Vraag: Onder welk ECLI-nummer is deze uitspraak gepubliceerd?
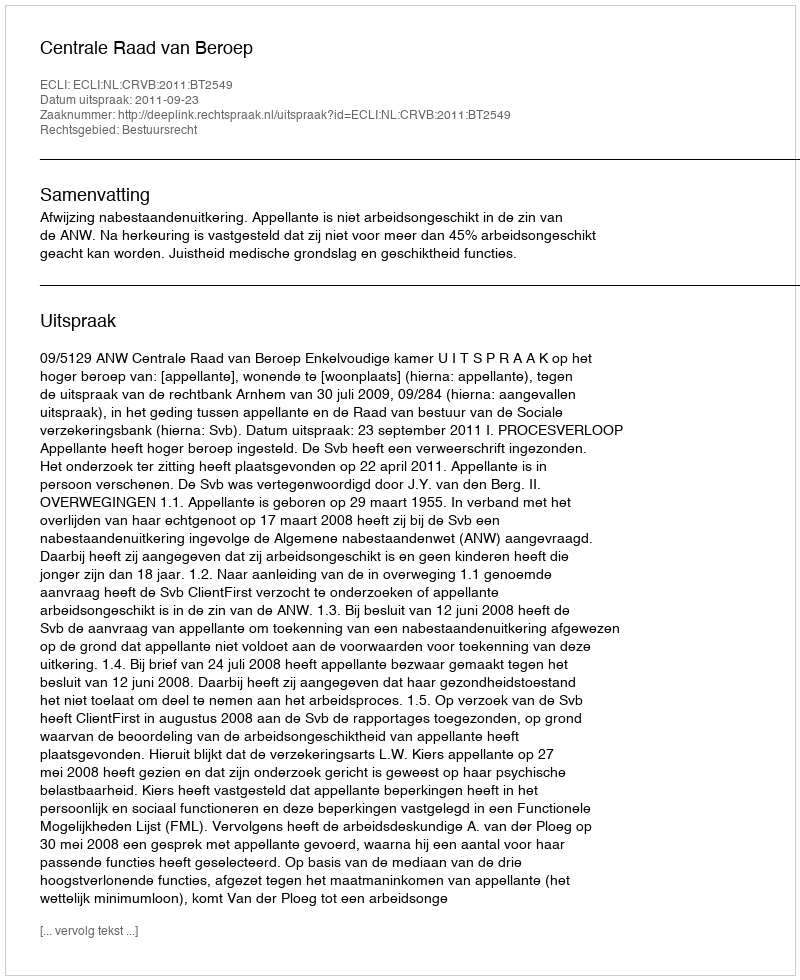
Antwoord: ECLI:NL:CRVB:2011:BT2549